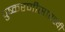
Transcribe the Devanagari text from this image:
पुष्करणीसारखी